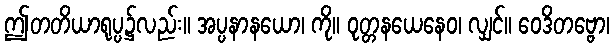
ဤတတိယာရုပ္ပ၌လည်း။ အပ္ပနာနယော၊ ကို။ ဝုတ္တနယေနေဝ၊ လျှင်။ ဝေဒိတဗ္ဗော၊